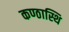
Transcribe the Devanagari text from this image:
कण्ठास्थि